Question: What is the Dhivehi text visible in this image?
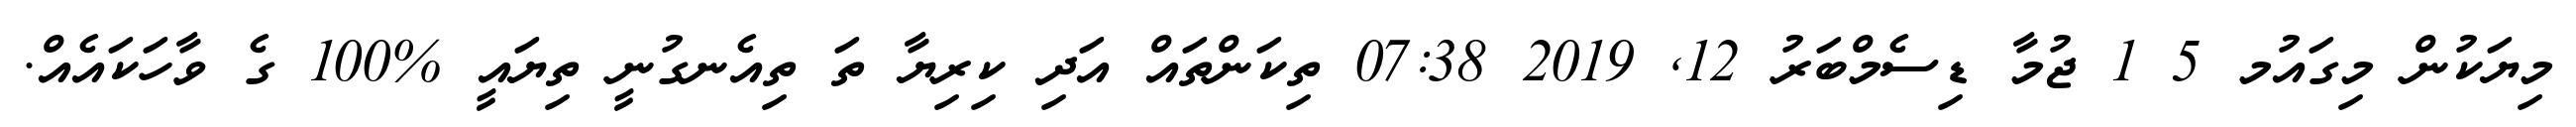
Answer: މިޔަކުން މިގައުމ 5 1 ޖުމާ ޑިސެމްބަރު 12, 2019 07:38 ތިކަންތައް އަދި ކިރިޔާ ތަ ތިއެނގުނީ ތިޔައީ %100 ގެ ވާހަކައެއް.